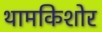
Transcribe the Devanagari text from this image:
थामकिशोर